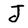
Character: J